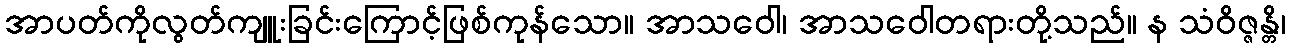
အာပတ်ကိုလွတ်ကျူးခြင်းကြောင့်ဖြစ်ကုန်သော။ အာသဝေါ၊ အာသဝေါတရားတို့သည်။ န သံဝိဇ္ဇန္တိ၊